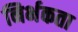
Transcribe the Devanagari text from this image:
निर्भकता